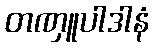
တဏှူပါဒါနံ